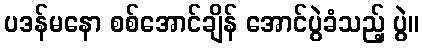
ပဒန်မနော စစ်အောင်ချိန် အောင်ပွဲခံသည့် ပွဲ။